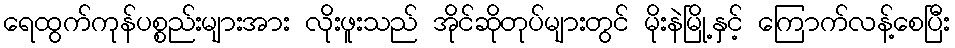
ရေထွက်ကုန်ပစ္စည်းများအား လိုးဖူးသည် အိုင်ဆိုတုပ်များတွင် မိုးနဲမြို့နှင့် ကြောက်လန့်စေပြီး